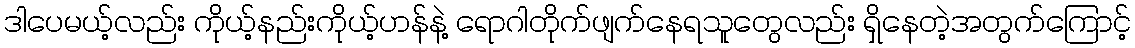
ဒါပေမယ့်လည်း ကိုယ့်နည်းကိုယ့်ဟန်နဲ့ ရောဂါတိုက်ဖျက်နေရသူတွေလည်း ရှိနေတဲ့အတွက်ကြောင့်